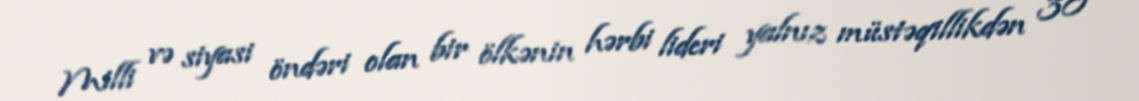
Milli və siyasi öndəri olan bir ölkənin hərbi lideri yalnız müstəqillikdən 30